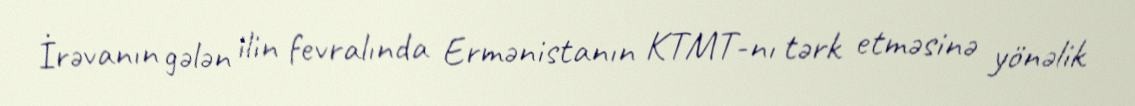
İrəvanın gələn ilin fevralında Ermənistanın KTMT-nı tərk etməsinə yönəlik